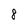
Character: 8